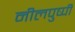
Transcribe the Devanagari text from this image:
नीलपुष्पी